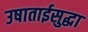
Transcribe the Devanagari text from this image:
उषाताईसुद्धा